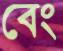
বেং